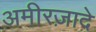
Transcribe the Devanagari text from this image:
अमीरज़ादे